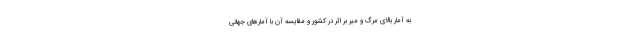
به آمار بالای مرگ و میر بر اثر در کشور و مقایسه آن با آمارهای جهانی